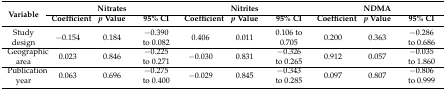
| <ROWSPAN=2> Variable | <COLSPAN=3> Nitrates | <COLSPAN=3> Nitrites | <COLSPAN=3> NDMA |
 | Coefficient | p Value | 95% CI | Coefficient | p Value | 95% CI | Coefficient | p Value | 95% CI |
 | --- | --- | --- | --- | --- | --- | --- | --- | --- | --- |
 | Study design | −0.154 | 0.184 | −0.390 to 0.082 | 0.406 | 0.011 | 0.106 to 0.705 | 0.200 | 0.363 | −0.286 to 0.686 |
 | Geographic area | 0.023 | 0.846 | −0.225 to 0.271 | −0.030 | 0.831 | −0.326 to 0.265 | 0.912 | 0.057 | −0.035 to 1.860 |
 | Publication year | 0.063 | 0.696 | −0.275 to 0.400 | −0.029 | 0.845 | −0.343 to 0.285 | 0.097 | 0.807 | −0.806 to 0.999 |